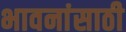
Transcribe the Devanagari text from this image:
भावनांसाठी